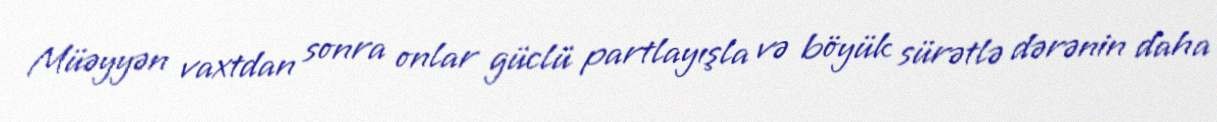
Müəyyən vaxtdan sonra onlar güclü partlayışla və böyük sürətlə dərənin daha